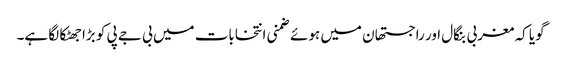
گویا کہ مغربی بنگال اور راجستھان میں ہوئے ضمنی انتخابات میں بی جے پی کو بڑا جھٹکا لگا ہے۔